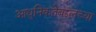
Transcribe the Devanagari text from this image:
आधुनिकतेबद्दलच्या